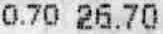
0.70 26.70